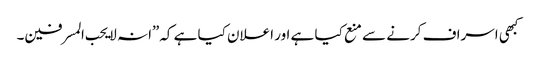
کبھی اسراف کرنے سے منع کیا ہے اور اعلان کیا ہے کہ”انہ لا یحب المسرفین۔